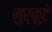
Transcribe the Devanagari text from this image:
मुर्कुटे